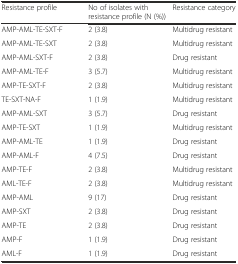
| Resistance profile | No of isolates with resistance profile (N (%)) | Resistance category |
 | --- | --- | --- |
 | AMP-AML-TE-SXT-F | 2 (3.8) | Multidrug resistant |
 | AMP-AML-TE-SXT | 2 (3.8) | Multidrug resistant |
 | AMP-AML-SXT-F | 2 (3.8) | Drug resistant |
 | AMP-AML-TE-F | 3 (5.7) | Multidrug resistant |
 | AMP-TE-SXT-F | 2 (3.8) | Multidrug resistant |
 | TE-SXT-NA-F | 1 (1.9) | Multidrug resistant |
 | AMP-AML-SXT | 3 (5.7) | Drug resistant |
 | AMP-TE-SXT | 1 (1.9) | Multidrug resistant |
 | AMP-AML-TE | 1 (1.9) | Drug resistant |
 | AMP-AML-F | 4 (7.5) | Drug resistant |
 | AMP-TE-F | 2 (3.8) | Multidrug resistant |
 | AML-TE-F | 2 (3.8) | Multidrug resistant |
 | AMP-AML | 9 (17) | Drug resistant |
 | AMP-SXT | 2 (3.8) | Drug resistant |
 | AMP-TE | 2 (3.8) | Drug resistant |
 | AMP-F | 1 (1.9) | Drug resistant |
 | AML-F | 1 (1.9) | Drug resistant |